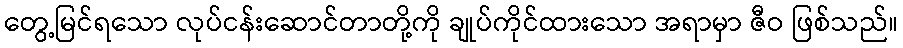
တွေ့မြင်ရသော လုပ်ငန်းဆောင်တာတို့ကို ချုပ်ကိုင်ထားသော အရာမှာ ဇီဝ ဖြစ်သည်။